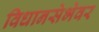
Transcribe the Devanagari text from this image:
विधानसेभेवर